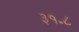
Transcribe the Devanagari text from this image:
३१॰८